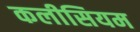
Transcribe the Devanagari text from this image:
कलीसियम